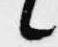
候